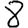
Digit: 8